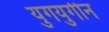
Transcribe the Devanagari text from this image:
युगयुगीन